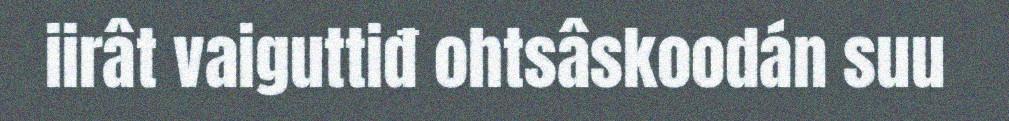
iirât vaiguttiđ ohtsâskoodán suu